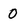
Character: 0